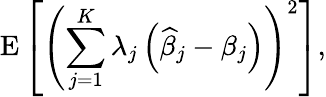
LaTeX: \operatorname{E}\left[\left(\sum_{j=1}^{K}\lambda_{j}\left({\widehat{\beta}}_{j}-\beta_{j}\right)\right)^{2}\right],